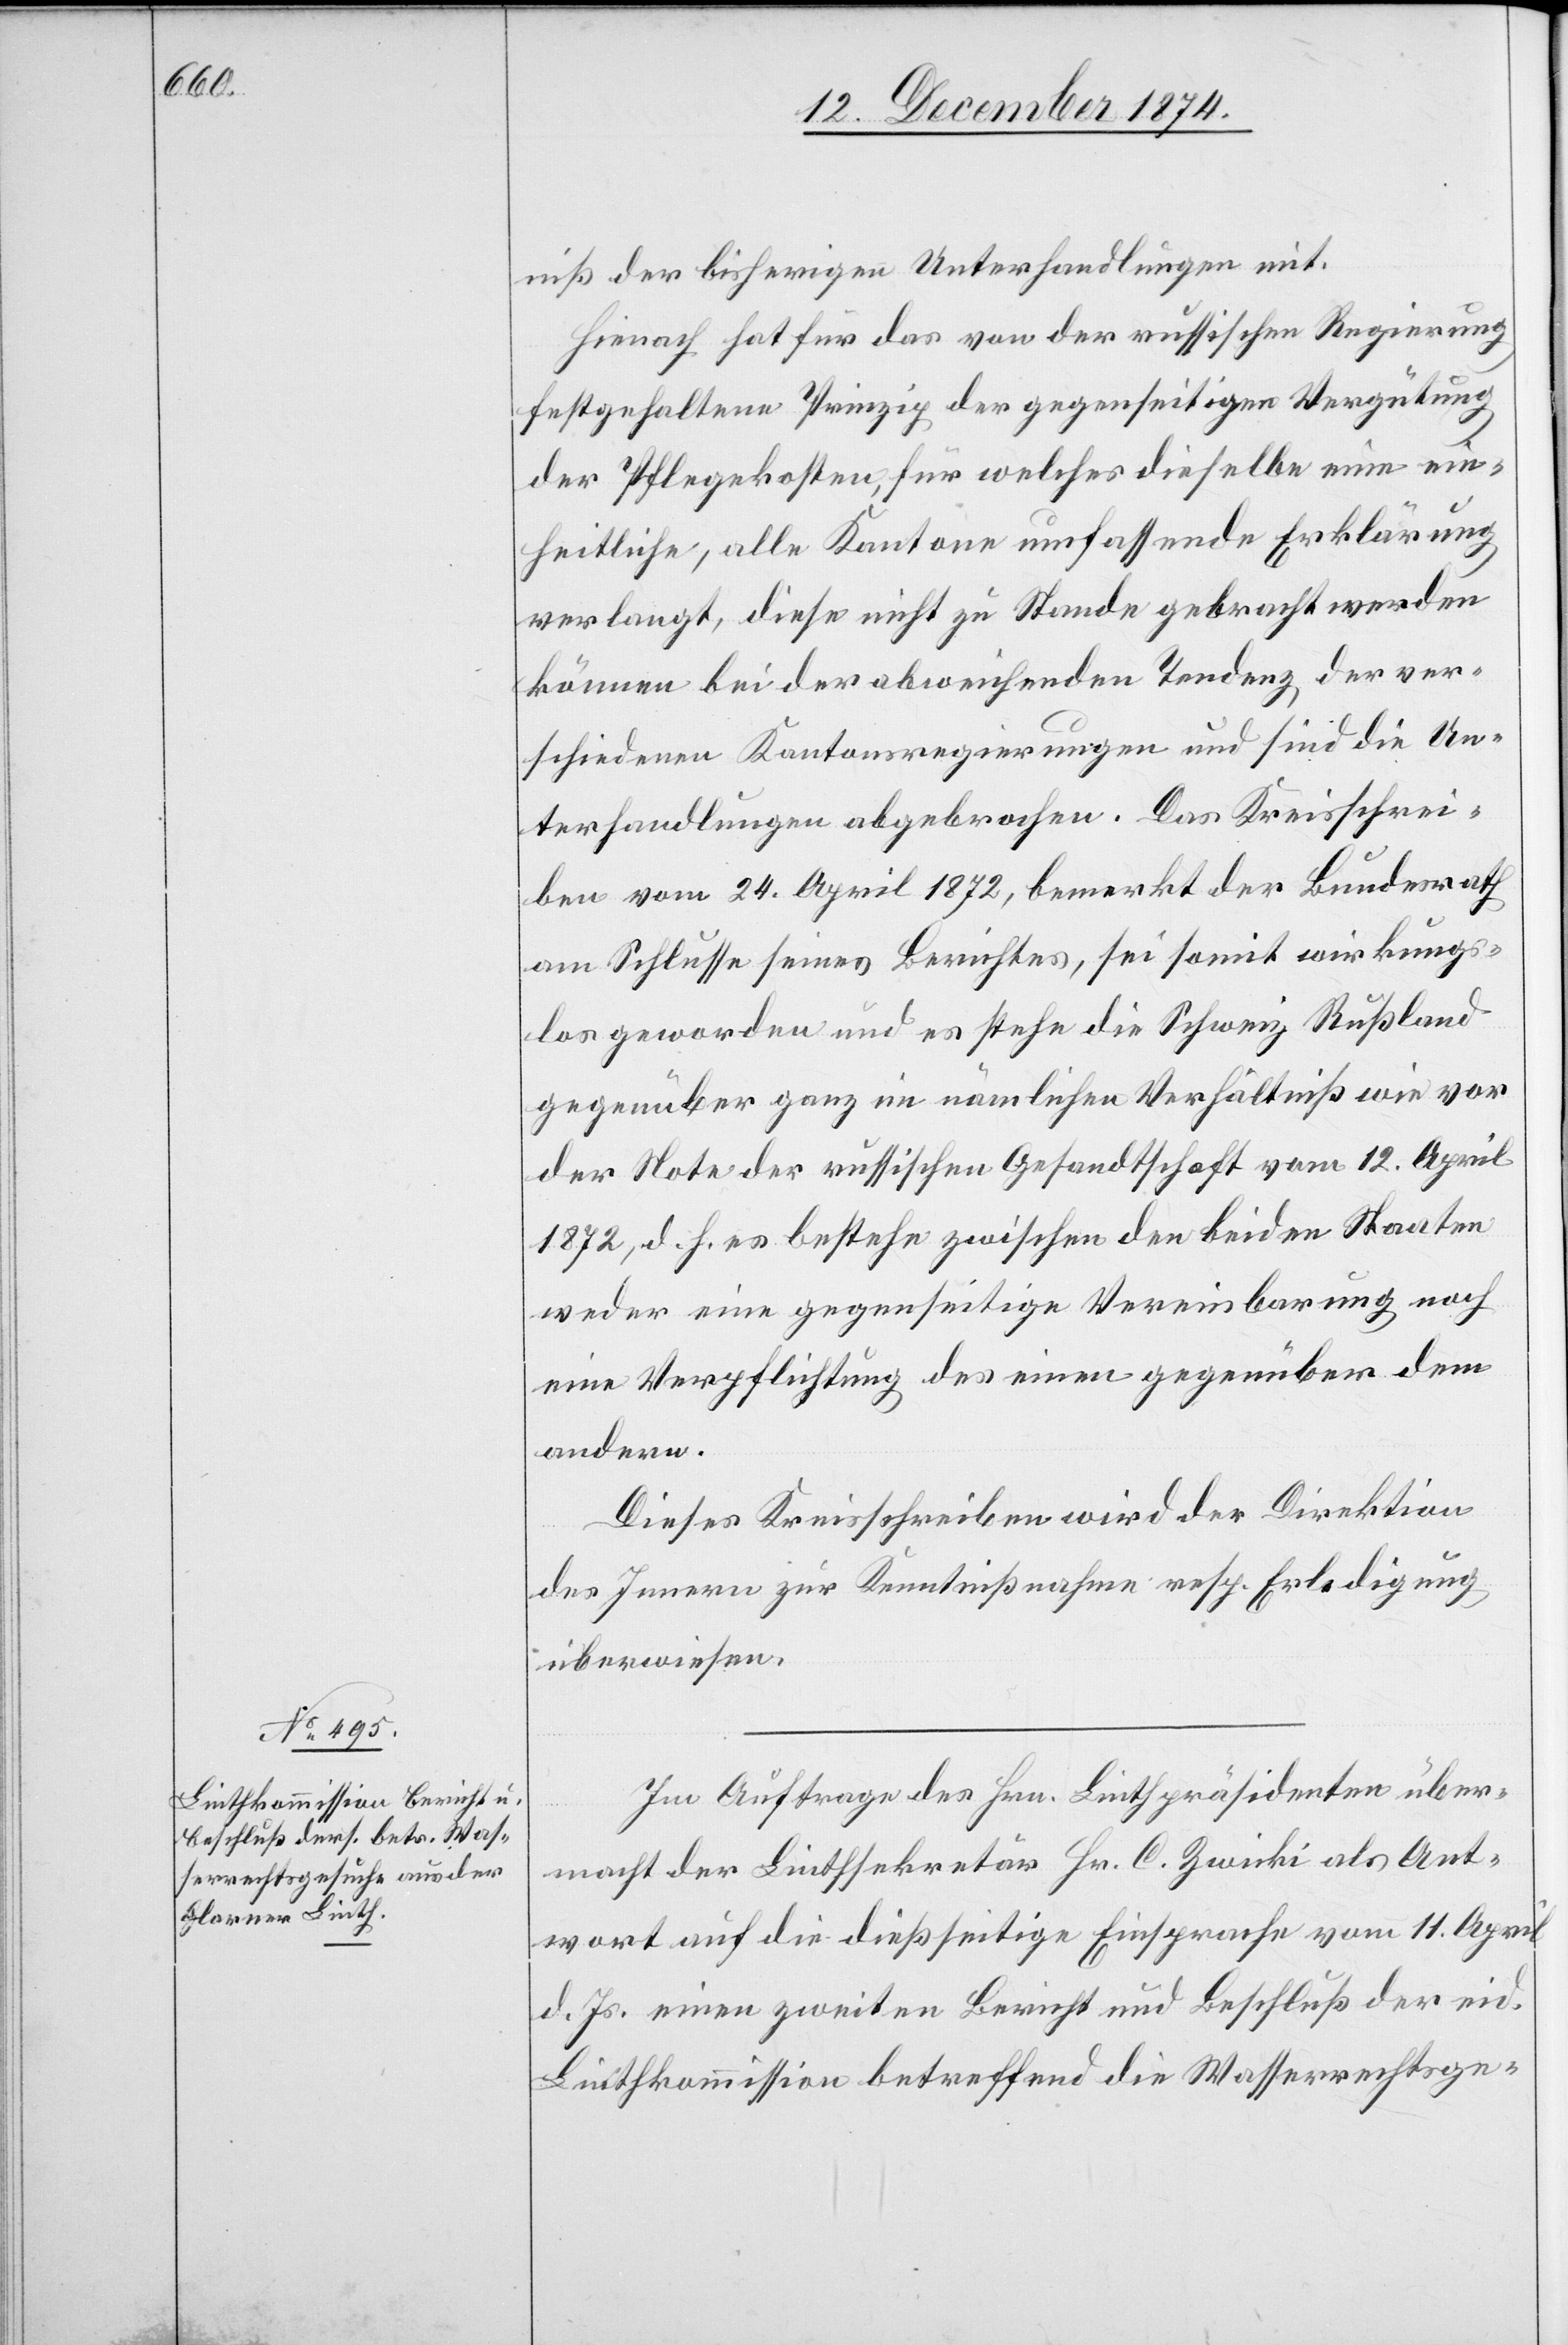
niß der bisherigen Unterhandlungen mit.
Hienach hat für das von der russischen Regierung
festgehaltene Prinzip der gegenseitigen Vergütung
der Pflegekosten, für welches dieselbe eine ein¬
heitliche, alle Kantone umfassende Erklärung
verlangt, diese nicht zu Stande gebracht werden
können bei der abweichenden Tendenz der ver¬
schiedenen Kantonsregierungen und sind die Un¬
terhandlungen abgebrochen. Das Kreisschrei¬
ben vom 24. April 1872, bemerkt der Bundesrath
am Schlusse seines Berichtes, sei somit wirkungs¬
los geworden und es stehe die Schweiz Rußland
gegenüber ganz im nämlichen Verhältniß wie vor
der Note der russischen Gesandtschaft vom 12. April
1872, d. h. es bestehe zwischen den beiden Staaten
weder eine gegenseitige Vereinbarung noch
eine Verpflichtung des einen gegenüber dem
andern.
Dieses Kreisschreiben wird der Direktion
des Innern zur Kenntnißnahme resp. Erledigung
überwiesen.
Im Auftrage des Hrn. Linthpräsidenten über¬
macht der Linthsekretär Hr. C. Zwicki als Ant¬
wort auf die dießseitige Einsprache vom 11. April
d. Js. einen zweiten Bericht und Beschluß der eid.
Linthkommission betreffend die Wasserrechtsge-